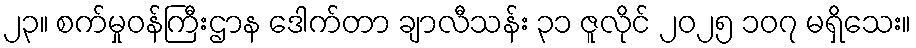
၂၃။ စက်မှုဝန်ကြီးဌာန ဒေါက်တာ ချာလီသန်း ၃၁ ဇူလိုင် ၂၀၂၅ ၁၀၇ မရှိသေး။